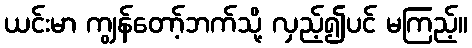
ယင်းမာ ကျွန်တော့်ဘက်သို့ လှည့်၍ပင် မကြည့်။